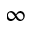
\infty